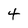
Character: 4